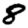
Digit: 8